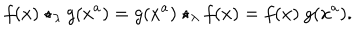
f ( x ) \star _ { \lambda } g ( x ^ { a } ) = g ( x ^ { a } ) \star _ { \lambda } f ( x ) = f ( x ) \ g ( x ^ { a } ) .